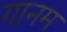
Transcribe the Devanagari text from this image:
गानम